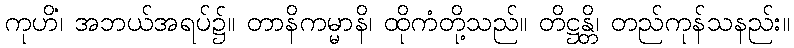
ကုဟိံ၊ အဘယ်အရပ်၌။ တာနိကမ္မာနိ၊ ထိုကံတို့သည်။ တိဋ္ဌန္တိ၊ တည်ကုန်သနည်း။